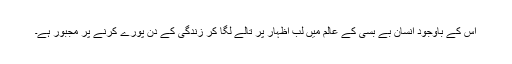
اس کے باوجود انسان بے بسی کے عالم میں لب اظہار پر تالے لگا کر زندگی کے دن پورے کرنے پر مجبور ہے۔